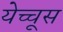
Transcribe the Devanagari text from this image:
येच्चूस